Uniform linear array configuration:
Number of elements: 16
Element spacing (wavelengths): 0.5
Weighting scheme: cosine
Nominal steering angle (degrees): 0
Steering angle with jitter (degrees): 0.8223
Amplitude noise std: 0.05
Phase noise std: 0.05

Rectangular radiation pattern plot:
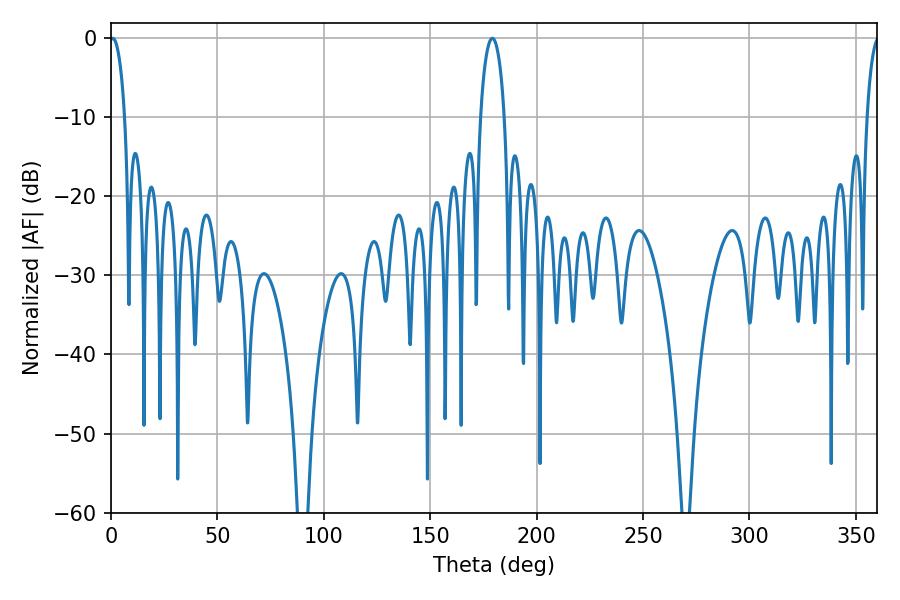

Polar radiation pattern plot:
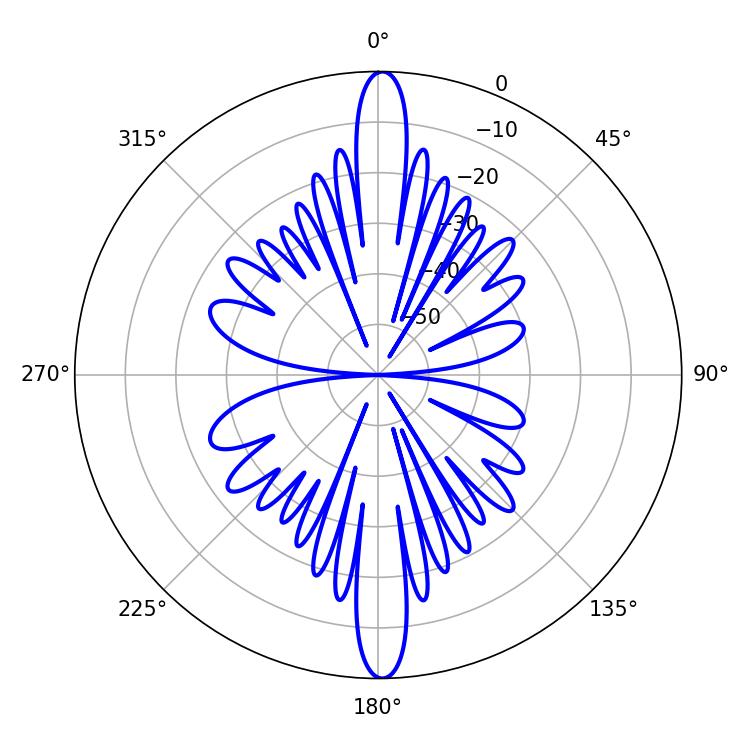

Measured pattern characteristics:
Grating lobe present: FALSE
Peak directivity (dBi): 28.66
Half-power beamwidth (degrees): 3.96
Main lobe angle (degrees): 0.72